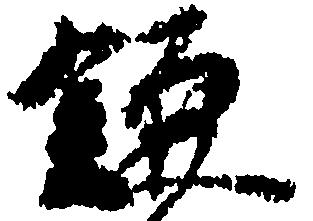
鎌